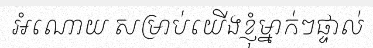
អំណោយ សម្រាប់យើងខ្ញុំម្នាក់ៗផ្ទាល់